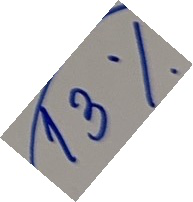
13 %